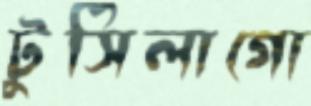
টুসিলাগো